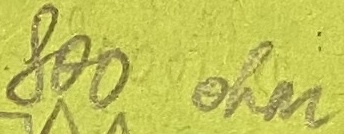
Text: 800ohm